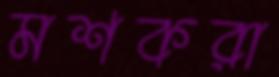
মশকরা